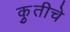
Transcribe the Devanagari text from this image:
कृुतीचे